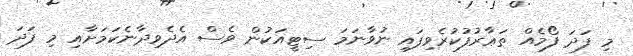
މި ފަދަ ފޯމެއް ތަޢާރުފުކުރެވިފައި ނުވާނަމަ ސިޓީއަކުން ވެސް އެދެވިދާނެކަމަށާއި މި ފަދަ